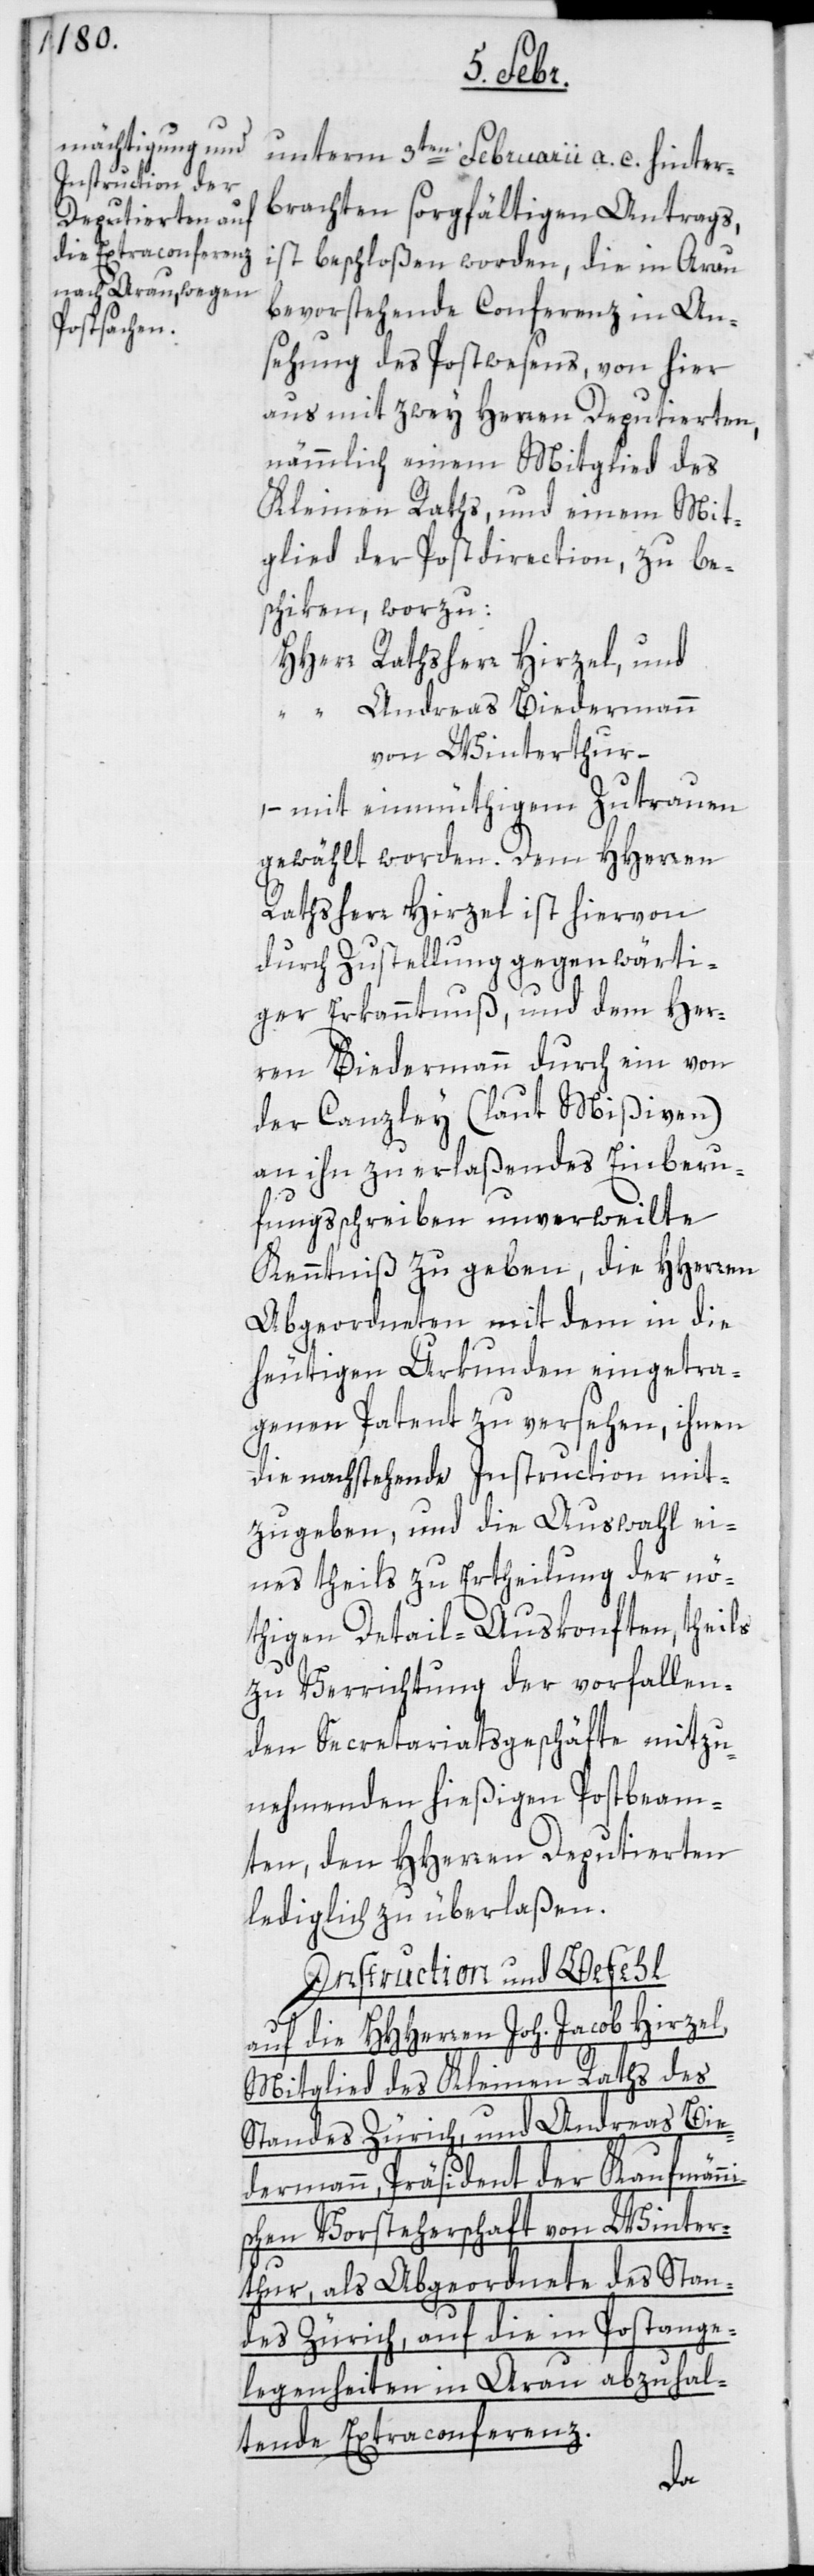
unterm 3ten Februarii a. c. hinter¬
brachten sorgfältigen Antrags,
ist beschloßen worden, die in Arau
bevorstehende Conferenz in An¬
sehung des Postwesens, von hier
aus mit zwey Herren Deputierten,
nämmlich einem Mitglied des
Kleinen Raths und einem Mit¬
glied der Postdirection, zu be¬
schiken, worzu:
HHerr Rathsherr Hirzel, und
“ Andreas Biedermann
von Winterthur –
mit einmüthigem Zutrauen
gewählt worden. Dem HHerren
Rathsherr Hirzel ist hievon
durch Zustellung gegenwärti¬
ger Erkanntnuß, und dem Her¬
ren Biedermann durch ein von
der Canzley (laut Mißiven)
an ihn zu erlaßendes Einberu¬
fungsschreiben unverweilte
Kenntniß zu geben, die HHerren
Abgeordneten mit dem in die
heutigen Urkunden eingetra¬
genen Patent zu versehen, ihnen
die nachstehende Instruction mit¬
zugeben, und die Auswahl ei¬
nes theils zu Ertheilung der nö¬
thigen Detail-Auskonften, theils
zu Verrichtung der vorfallen¬
den Secretariatsgeschäfte mitzu¬
nehmenden hießigen Postbeam¬
ten, den HHerren Deputierten
lediglich zu überlaßen.
Instruction und Befehl
auf die HHerren Joh. Jacob Hirzel,
Mitglied des Kleinen Raths des
Standes Zürich, und Andreas Bie¬
dermann, Präsident der Kaufmän¬
schen Vorsteherschaft von Winter¬
thur; als Abgeordnete des Stan¬
des Zürich, auf die in Postange¬
legenheiten in Arau abzuhal¬
tende Extraconferenz.
ni¬